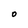
Character: 0